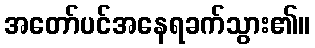
အတော်ပင်အနေရခက်သွား၏။